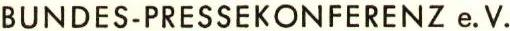
BUNDES-PRESSEKONFERENZ e.V.